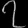
Digit: ၇